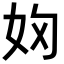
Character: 𭑯